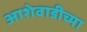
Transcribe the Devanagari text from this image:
आशेवाडीच्या